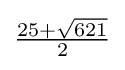
{\tfrac {25+{\sqrt {621}}}{2}}